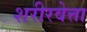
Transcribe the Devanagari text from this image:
शरीरवेत्ता